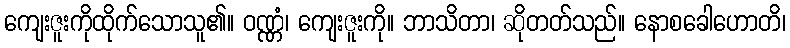
ကျေးဇူးကိုထိုက်သောသူ၏။ ဝဏ္ဏံ၊ ကျေးဇူးကို။ ဘာသိတာ၊ ဆိုတတ်သည်။ နောစခေါဟောတိ၊